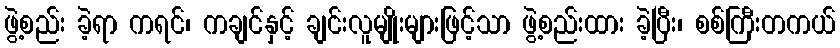
ဖွဲ့စည်း ခဲ့ရာ ကရင်၊ ကချင်နှင့် ချင်းလူမျိုးများဖြင့်သာ ဖွဲ့စည်းထား ခဲ့ပြီး၊ စစ်ကြီးတကယ်